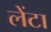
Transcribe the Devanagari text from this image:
लेंटा